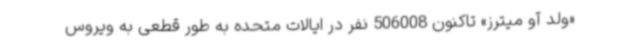
«ولد آو میترز» تاکنون 506008 نفر در ایالات متحده به طور قطعی به ویروس